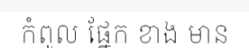
កំពូល ផ្នែក ខាង មាន